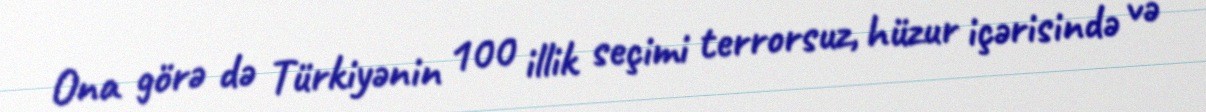
Ona görə də Türkiyənin 100 illik seçimi terrorsuz, hüzur içərisində və